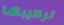
تركيبها